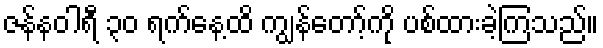
ဇန်နဝါရီ ၃၀ ရက်နေ့ထိ ကျွန်တော့်ကို ပစ်ထားခဲ့ကြသည်။